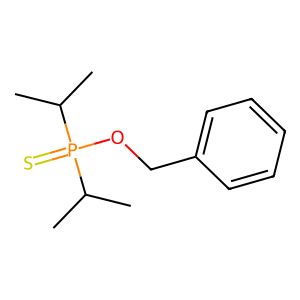
SMILES: CC(C)P(=S)(OCc1ccccc1)C(C)C
Inhibits HIV replication: No